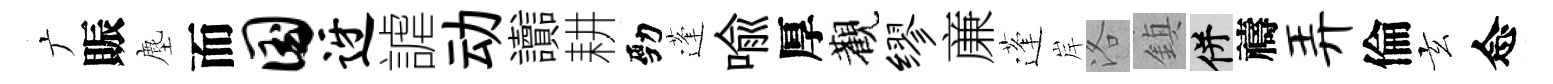
广賑塵而国迓謔动讟耕勁蓬喩厚觀缪亷蓬岸洛鎮并禱弄倫玄念